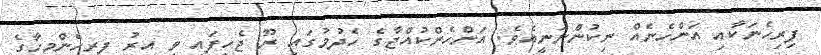
ފިރިހެނަކާއި އަންހެނެއް ނިކުންނަނީއެވެ. އަންހެންކުއްޖާގެ ހެދުމުގައި ރޫ ޖެހިފައި ވީ އިރު ފިރިހެންމީހާގެ